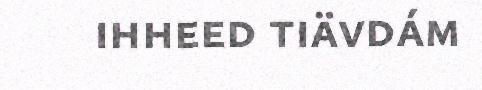
ihheed tiävdám